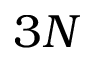
3 N